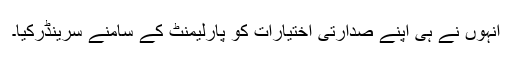
انہوں نے ہی اپنے صدارتی اختیارات کو پارلیمنٹ کے سامنے سرینڈرکیا۔